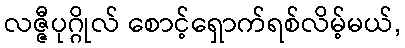
လဇ္ဇီပုဂ္ဂိုလ် စောင့်ရှောက်ရစ်လိမ့်မယ်,